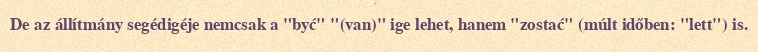
De az állítmány segédigéje nemcsak a "być" "(van)" ige lehet, hanem "zostać" (múlt időben: "lett") is.